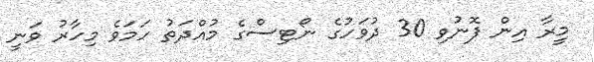
މީރާ އިން ފޮނުވި 30 ދުވަހުގެ ނޯޓިސްގެ މުއްދަތު ހަމަވެ މިހާރު ވަނީ